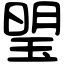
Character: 琞